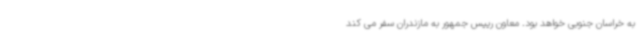
به خراسان جنوبی خواهد بود. معاون رییس جمهور به مازندران سفر می کند